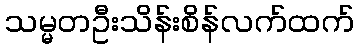
သမ္မတဦးသိန်းစိန်လက်ထက်